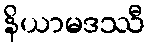
နိယာမဒဿီ